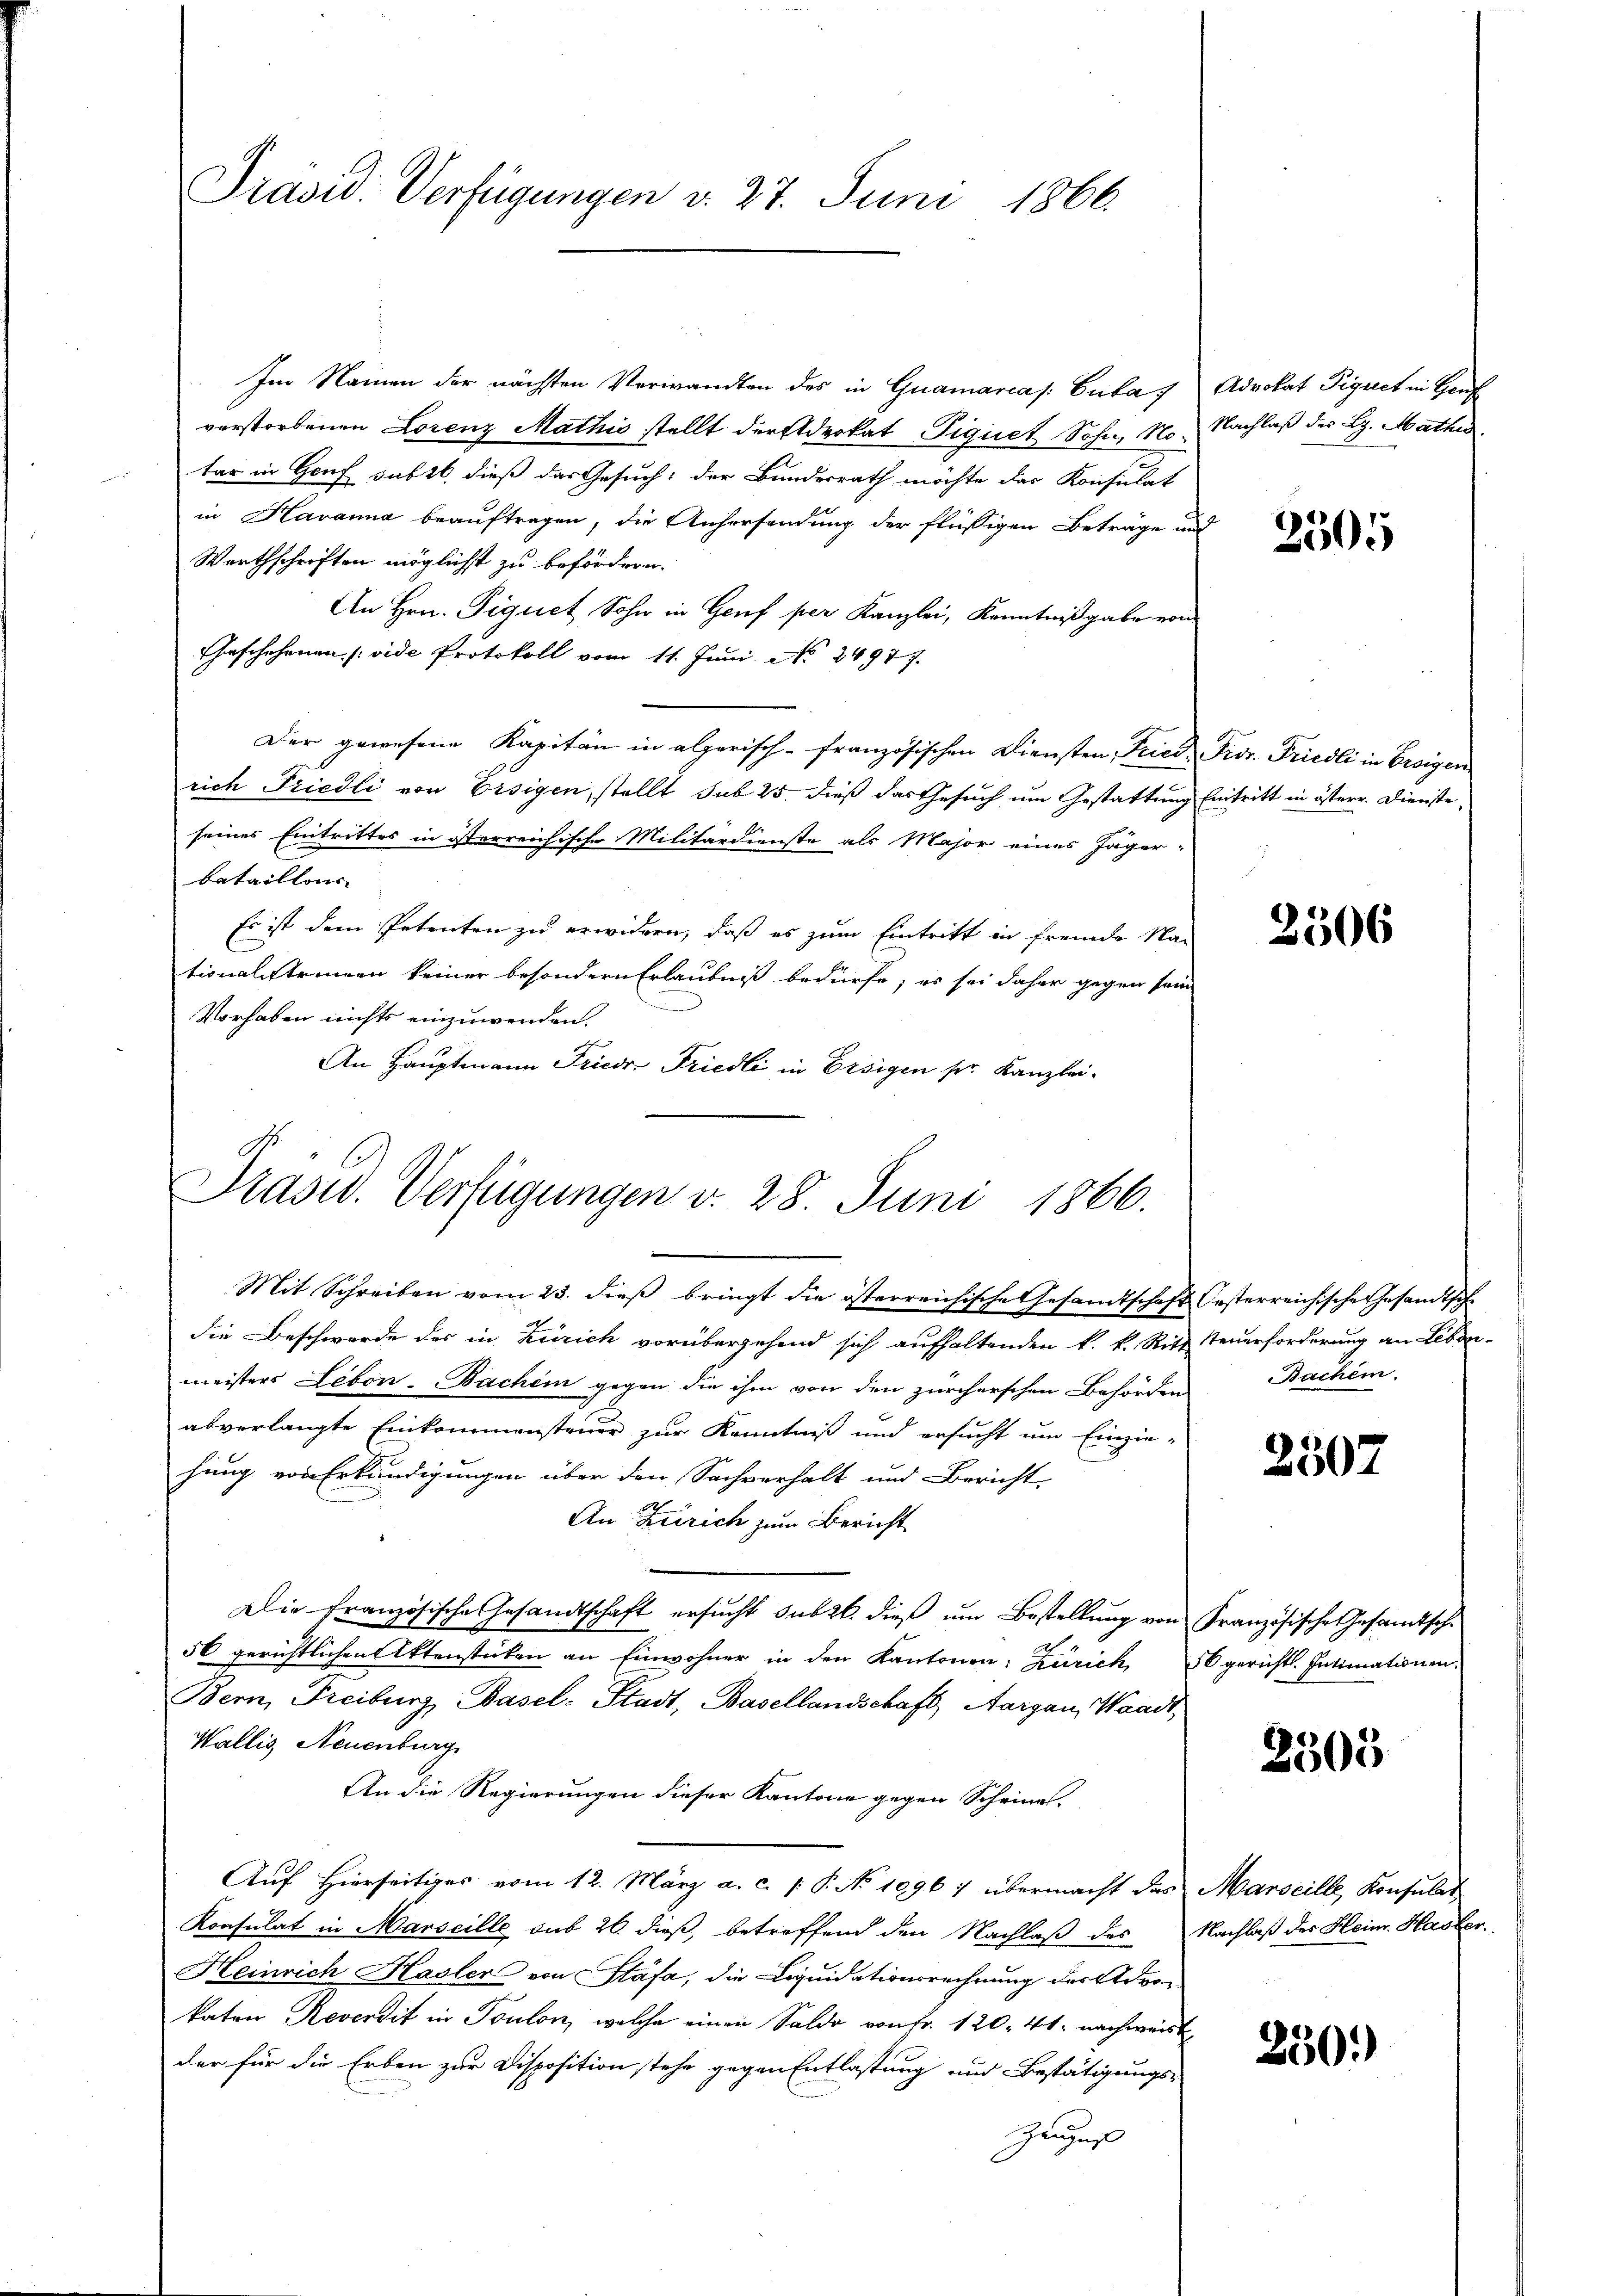
Präsid. Verfügungen d. 27. Juni 1866

Im Namen der nächsten Verwandten des in Guamarcas: Cuba, Advokat Pignet in Hor
verstorbenen Lorenz Mathis stellt derstdrokat Piquet Sohn, No. Nachlaβ der L. Mathes
tar in Genf sub 16, dieß das Gesuch: der Bundesrath möchte das Konsulat
in Havanna beauftragen, die Anhersendung der flüssigen Beträge und
Warthschriften möglichst zu befördern.
An Hrn. Piquet Sohn in Genf per Kanzlei, Kenntnißgabe von
Gaschehenen (vide Protokoll vom 11. Juni No 24977.
Der gewesene Kapitän in alperisch-französischen Diensten Fried, Prov. Friedli in Ereigen
rich Friedli von Ersigen, stellt sub 25 dieß das Gesuch um Gestattung Eintritt in österr. Dienste
seines Eintrittes in österreichische Militärdienste als Major eines Jäger-
bataillons
Es ist dem Petenten zu erwidern, daß es zum Eintritt in fremde Nac
tionalstrennen keiner besondern Erlaubniß bedürfe; es sei daher gegen sein
Vorhaben nichts einzuwenden.
An Hauptmann Friedr. Friedli in Ersigen sr. Kanzlei-

Prasiv. Verfügungen v. 28. Juni 1866.
Mit Schreiben vom 23. dieß bringt die österreichische Gesandtschaft Oesterreichische Gesandtsche

die Beschwerde des in Zürich vorübergehend sich aufhaltenden k. k. Ritt
meisters Leben. Bachen gegen die ihm von den zürcherschen Behörden
abverlangte Einkommensteuer zur Kenntniß und ersucht um Einzie-
hung von Erkundigungen über den Sachverhalt und Bericht.
An Zürich zum Bericht
Die französische Gesandtschaft ersucht sub 20. dieß um Bestellung von Französische Gesamtsche
56 gerichtlichen Aktenstücken an Einwohner in den Kantonen: Zürich
Bern, Freiburg, Basel: Stadt, Basellandschaft, Aargau, Waadt,
Wallis, Neuenburg
An die Regierungen dieser Kantone gegen Scheines.
Auf Hierseitiges vom 12. März a. c. P. No 1096) übermacht das
Konsulat in Marseille sub 20. dieß, betreffend den Nachlaß des
Heinrich Hasler von Stäfa, die Liquidationsrechnung der Advokaten Reverdit in Toulon, welche einen Saldo von fr. 120. 41. nachweiste
der für die Erben zur Disposition stehe gegen Entlastung und Bestätigungs-
Zeuges

2505

2506

Steuerforderung an Leben.
Bachen.

2507

16 gericht. Intimationen.

2505

Marseille, Konsulat
Nachlaß der Heinr. Hasler.

250.